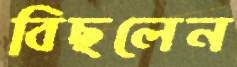
বিছলেন